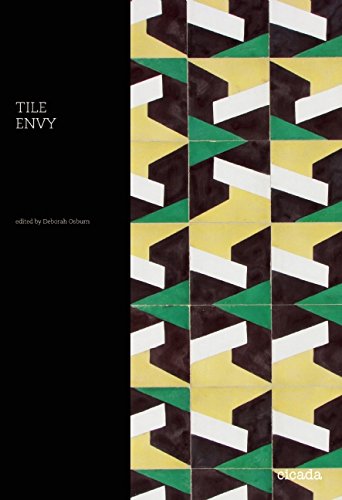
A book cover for Tile Envy; Crafts, Hobbies & Home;